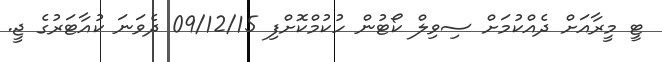
ޓީ މީރާއަށް ދެއްކުމަށް ސިވިލް ކޯޓުން ހުކުމްކޮށްފި 09/12/15 ދެވަނަ ކުއާޓަރުގެ ޖީ.